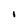
Character: I